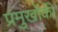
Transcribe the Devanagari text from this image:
प्रमुखोंकी